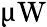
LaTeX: \upmu\mathrm{W}